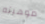
موهبته